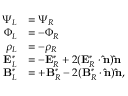
\begin{array} { r l } { \Psi _ { L } } & { = \Psi _ { R } } \\ { \Phi _ { L } } & { = - \Phi _ { R } } \\ { \rho _ { L } } & { = - \rho _ { R } } \\ { \mathbf { E } _ { L } ^ { * } } & { = - \mathbf { E } _ { R } ^ { * } + 2 ( \mathbf { E } _ { R } ^ { * } \cdot \mathbf { \hat { n } } ) \mathbf { \hat { n } } } \\ { \mathbf { B } _ { L } ^ { * } } & { = + \mathbf { B } _ { R } ^ { * } - 2 ( \mathbf { B } _ { R } ^ { * } \cdot \mathbf { \hat { n } } ) \mathbf { \hat { n } } , } \end{array}